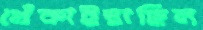
খেঁকাইয়াছিল